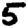
Digit: 5